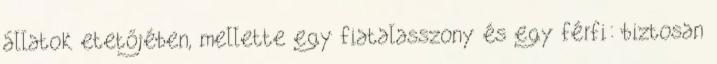
állatok etetőjében, mellette egy fiatalasszony és egy férfi: biztosan